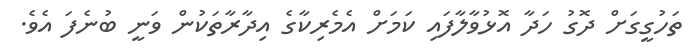
ތަހުގީގަށް ދޮގު ހަދާ އޮޅުވާލާފައި ކަމަށް އެމެރިކާގެ އިދާރާތަކުން ވަނީ ބުނެފަ އެވެ.